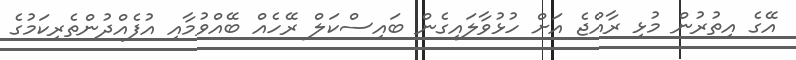
އޭގެ އިތުރުން މުޅި ރާއްޖެ އަށް ހުޅުވާލައިގެން ބައިސްކަލް ރޭހެއް ބޭއްވުމާއި އުފެއްދުންތެރިކަމުގެ